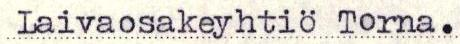
Laivaosakeyhtiö Torna.